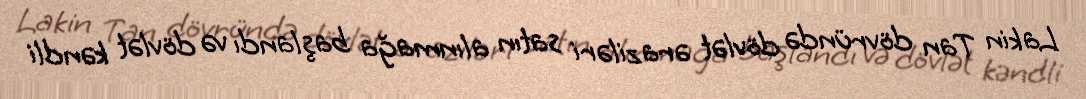
Lakin Tan dövründə dövlət əraziləri satın alınmağa başlandı və dövlət kəndli